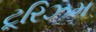
ટૂરિઝમ